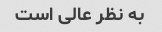
به نظر عالی است